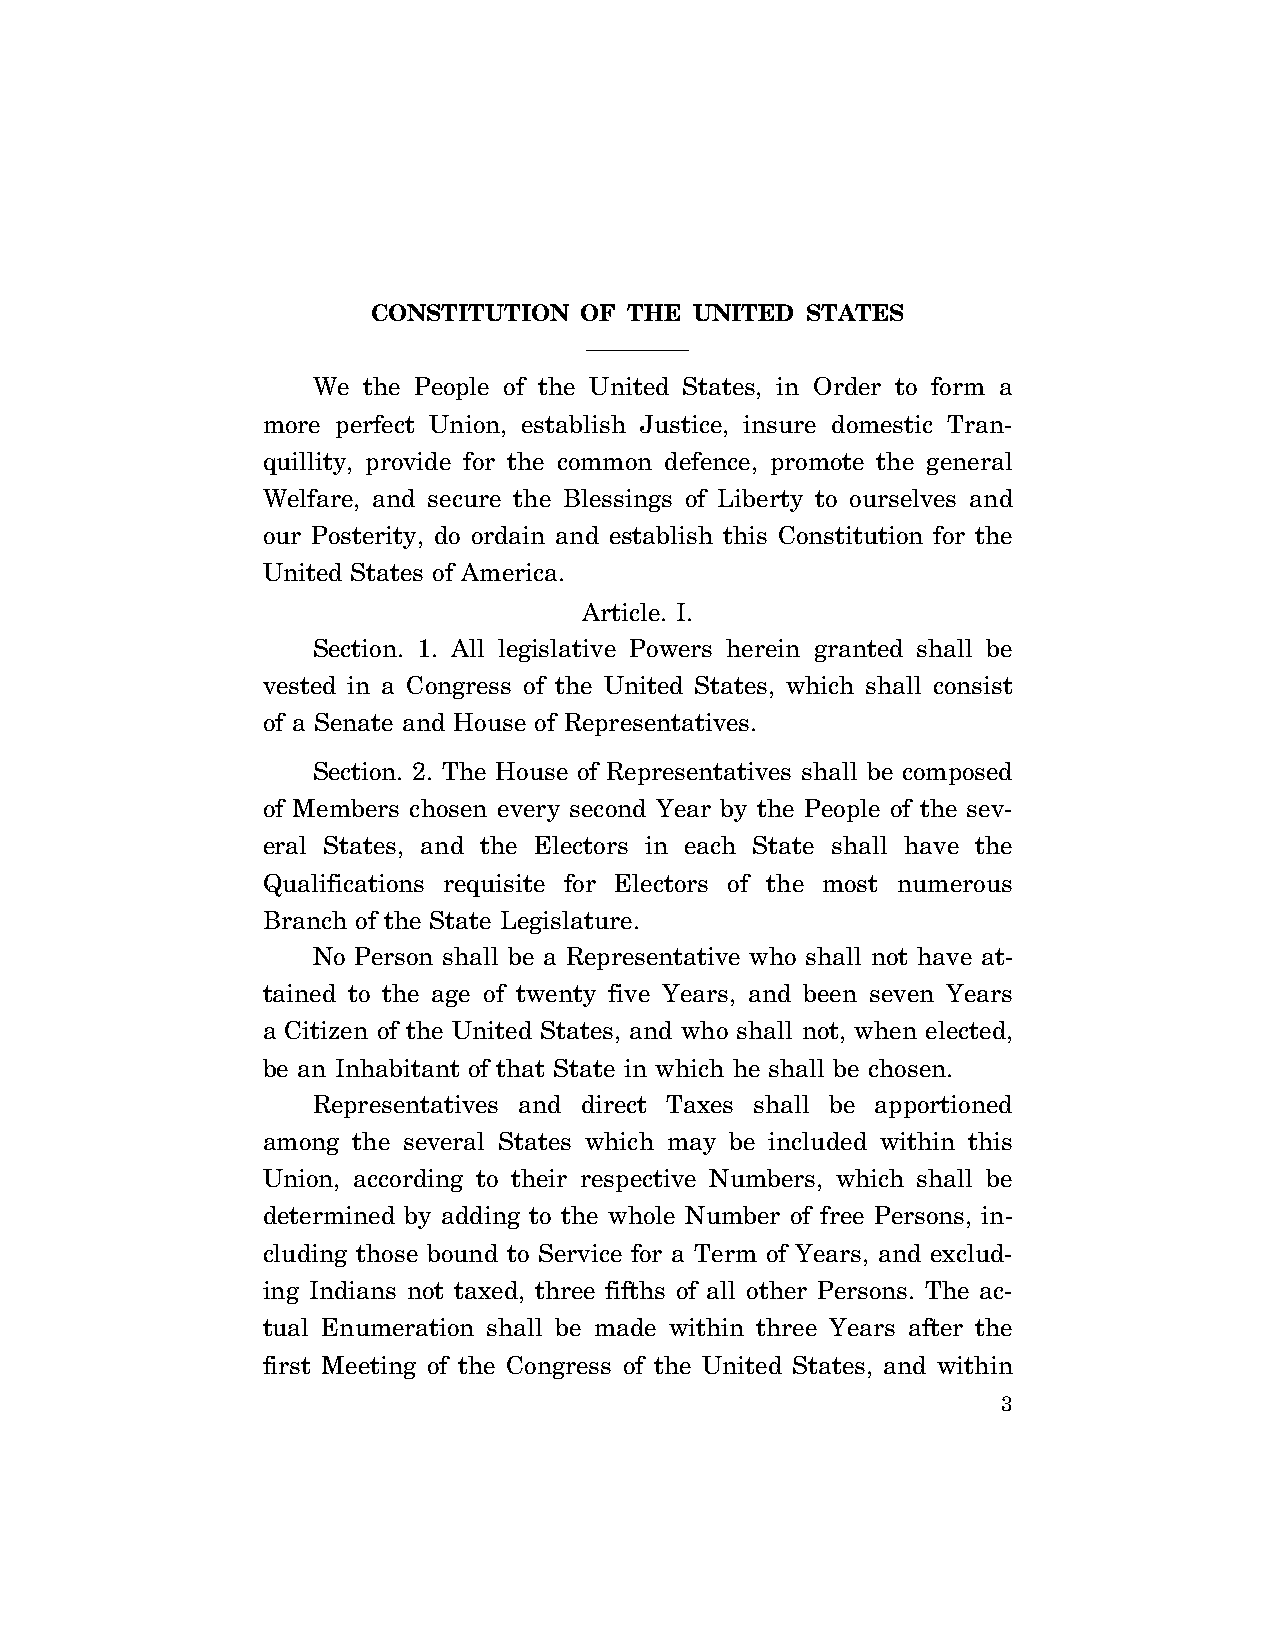
CONSTITUTION OF  THE UNITED STATES
 We the People of the United States, in Order to form a
 more perfect Union, establish Justice, insure domestic Tran-
 quillity, provide for the common defence, promote the general
 Welfare, and secure the Blessings of Liberty to ourselves and
 our Posterity, do ordain and establish this Constitution for the
 United States of America.
 Article. I.
 Section. 1. All legislative Powers herein granted shall be
 vested in a Congress of the United States, which shall consist
 of a Senate and House of Representatives.
 Section. 2. The House of Representatives shall be composed
 of Members chosen every second Year by the People of the sev-
 eral States, and the Electors in each State shall have the
 Qualifications requisite for Electors of the most numerous
 Branch of the State Legislature.
 No Person shall be a Representative who shall not have at-
 tained to the age of twenty five Years, and been seven Years
 a Citizen of the United States, and who shall not, when elected,
 be an Inhabitant of that State in which he shall be chosen.
 Representatives and direct Taxes shall be apportioned
 among the several States which may be included within this
 Union, according to their respective Numbers, which shall be
 determined by adding to the whole Number of free Persons, in-
 cluding those bound to Service for a Term of Years, and exclud-
 ing Indians not taxed, three fifths of all other Persons. The ac-
 tual Enumeration shall be made within three Years after the
 first Meeting of the Congress of the United States, and within
 3
 VerDate Apr 14 2004 11:04 Apr 14, 2004 Jkt 077500 PO 00000 Frm 00003 Fmt 8221 Sfmt 8221 C:\CONAN\CON006.XXX PRFM99 PsN: CON006